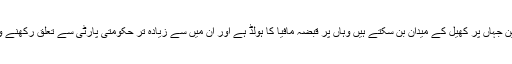
ایک اور بڑی وجہ تحصیل شرقپور میں وہ سرکاری زمین جہاں پر کھیل کے میدان بن سکتے ہیں وہاں پر قبضہ مافیا کا ہولڈ ہے اور ان میں سے زیادہ تر حکومتی پارٹی سے تعلق رکھنے والے افراد ہیں اس لیے کوئی اس چیز کی پروا نہیں کرتا۔